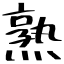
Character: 熟